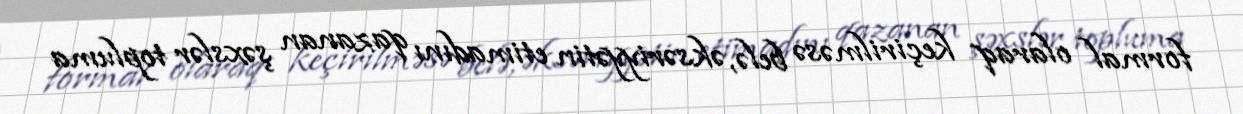
formal olaraq keçirilməsə belə, əksəriyyətin etimadını qazanan şəxslər topluma